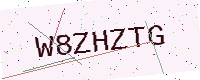
Text: W8ZHZTG